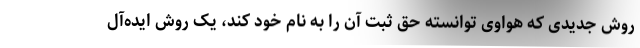
روش جدیدی که هواوی توانسته حق ثبت آن را به نام خود کند، یک روش ایده‌آل